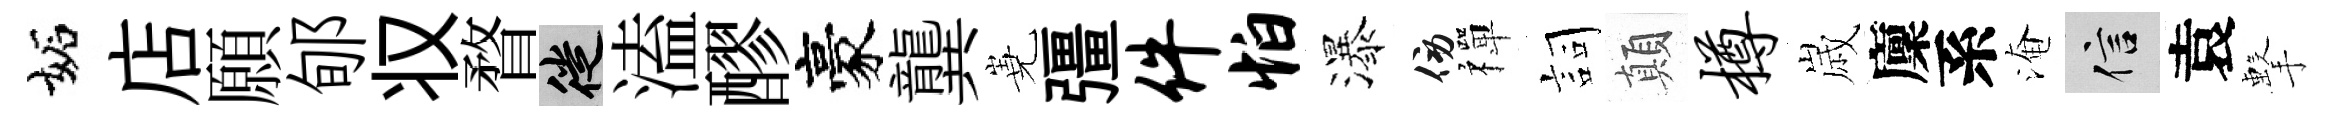
妬店願郇𠬧瞀徙溘醪豪龔嶤彊件怕瀑傍禪詞顛樽𡻕廩系淹信袁擊